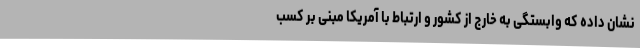
نشان داده که وابستگی به خارج از کشور و ارتباط با آمریکا مبنی بر کسب